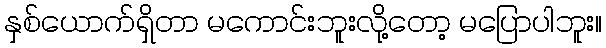
နှစ်ယောက်ရှိတာ မကောင်းဘူးလို့တော့ မပြောပါဘူး။